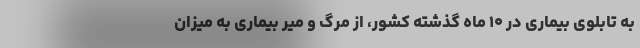
به تابلوی بیماری در ۱۰ ماه گذشته کشور، از مرگ و میر بیماری به میزان